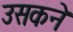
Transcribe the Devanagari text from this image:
उसकने